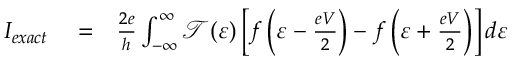
\begin{array} { r l r } { I _ { e x a c t } } & { { } = } & { \frac { 2 e } { h } \int _ { - \infty } ^ { \infty } \mathcal { T } ( \varepsilon ) \left[ f \left( \varepsilon - \frac { e V } { 2 } \right) - f \left( \varepsilon + \frac { e V } { 2 } \right) \right] d \varepsilon } \end{array}